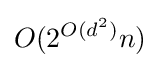
O(2^{O(d^{2})}n)